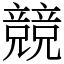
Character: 競